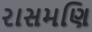
રાસમણિ